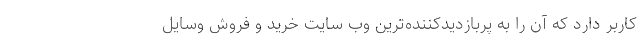
کاربر دارد که آن را به پربازدیدکننده‌ترین وب سایت خرید و فروش وسایل